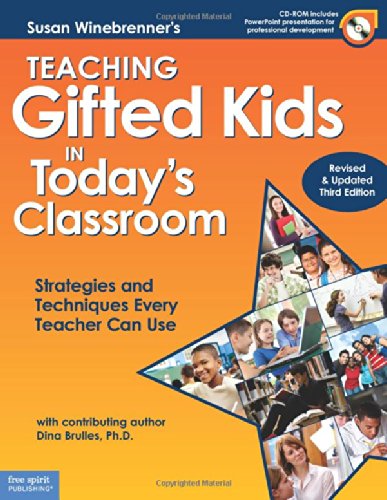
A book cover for Teaching Gifted Kids in Today's Classroom: Strategies and Techniques Every Teacher Can Use (Revised & Updated Third Edition); Susan Winebrenner M.S.; Education & Teaching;